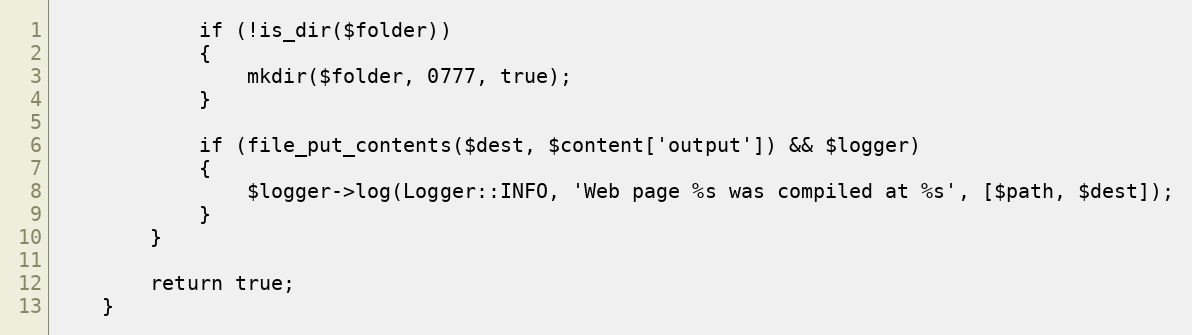
Language: PHP
            if (!is_dir($folder))
            {
                mkdir($folder, 0777, true);
            }

            if (file_put_contents($dest, $content['output']) && $logger)
            {
                $logger->log(Logger::INFO, 'Web page %s was compiled at %s', [$path, $dest]);
            }
        }

        return true;
    }